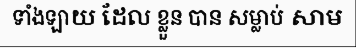
ទាំងឡាយ ដែល ខ្លួន បាន សម្លាប់ សាម